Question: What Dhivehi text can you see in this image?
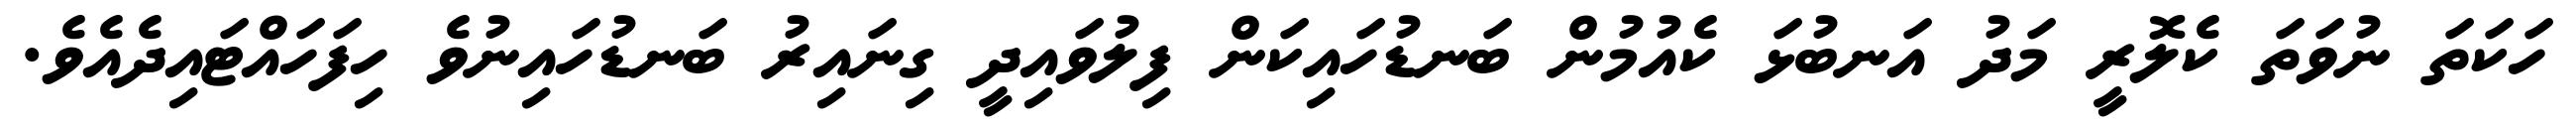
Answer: ހަކަތަ ނުވަތަ ކެލޮރީ މަދު އަނބުޅަ ކެއުމުން ބަނޑުހައިކަން ފިލުވައިދީ ގިނައިރު ބަނޑުހައިނުވެ ހިފަހައްޓައިދެއެވެ.